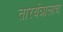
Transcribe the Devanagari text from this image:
तारयंत्रालाच